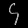
Digit: ၄